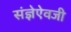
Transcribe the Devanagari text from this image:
संज्ञेऐवजी